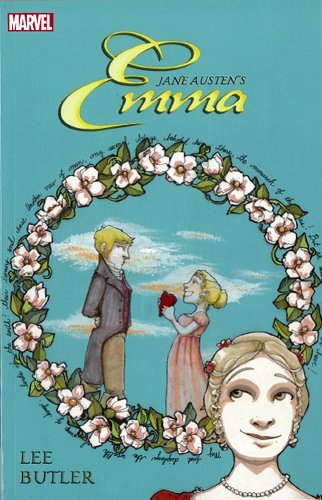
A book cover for Emma (Marvel Classics); Nancy Butler; Comics & Graphic Novels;